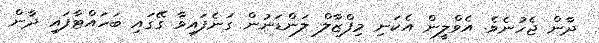
ދާން ޖެހުނެވެ. އެވްލީން އެކަނި މިފްޒާލް ލަންޑަނުން ގަނެފައިވާ ގޭގައި ބަހައްޓާފައި ދާން